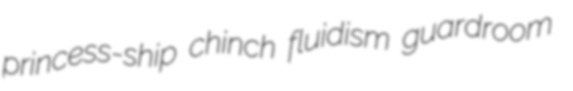
princess-ship chinch fluidism guardroom